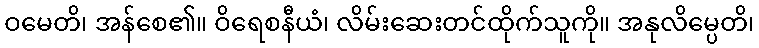
ဝမေတိ၊ အန်စေ၏။ ဝိရေစနီယံ၊ လိမ်းဆေးတင်ထိုက်သူကို။ အနုလိမ္ပေတိ၊